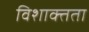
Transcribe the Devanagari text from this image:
विशाक्तता